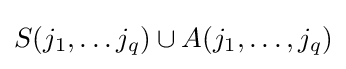
S(j_{1},\ldots j_{q})\cup A(j_{1},\ldots ,j_{q})